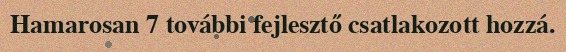
Hamarosan 7 további fejlesztő csatlakozott hozzá.